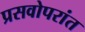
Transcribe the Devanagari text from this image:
प्रसवोपरांत